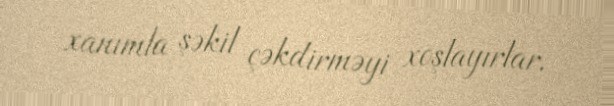
xanımla şəkil çəkdirməyi xoşlayırlar.